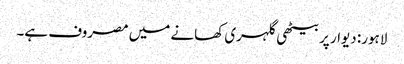
لاہور: دیوار پربیٹھی گلہری کھانے میں مصروف ہے۔